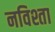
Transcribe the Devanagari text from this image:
नविश्ता